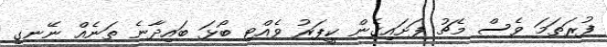
ފުރަތަމަ ވެސް މެޗު ފަށައިގެން ކީޕަރު ވެއްޓި ބޯޅަ ބައިދާނެ ތަނެއް ނޭނގި